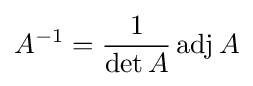
A^{-1}={\frac {1}{\det A}}\operatorname {adj} A